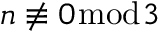
n \not \equiv 0 { \bmod { 3 } }